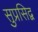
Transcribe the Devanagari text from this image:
सुप्रसिद्व